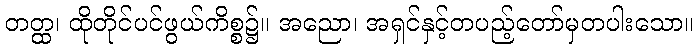
တတ္ထ၊ ထိုတိုင်ပင်ဖွယ်ကိစ္စ၌။ အညော၊ အရှင်နှင့်တပည့်တော်မှတပါးသော။